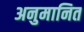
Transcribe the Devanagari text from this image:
अनुमानित